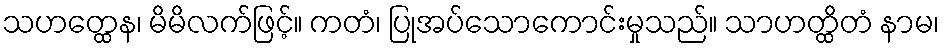
သဟတ္ထေန၊ မိမိလက်ဖြင့်။ ကတံ၊ ပြုအပ်သောကောင်းမှုသည်။ သာဟတ္ထိတံ နာမ၊